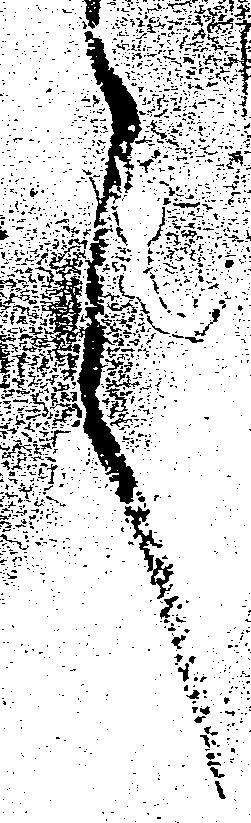
言